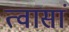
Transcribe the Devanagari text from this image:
त्वासां